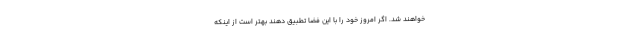
خواهند شد. اگر امروز خود را با این فضا تطبیق دهند بهتر است از اینکه